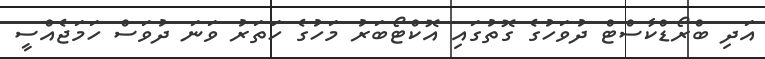
އަދި ބްރޯޑްކާސްޓް ދުވަހުގެ ގޮތުގައި އޮކްޓޯބަރު މަހުގެ ހަތަރު ވަނަ ދުވަސް ހަމަޖެއްސީ